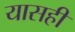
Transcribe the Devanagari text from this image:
यासही